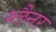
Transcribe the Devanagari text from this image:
ग्लैनर